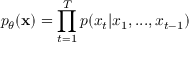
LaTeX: p _ { \theta } ( \mathbf { x } ) = \prod _ { t = 1 } ^ { T } p ( x _ { t } | x _ { 1 } , . . . , x _ { t - 1 } )